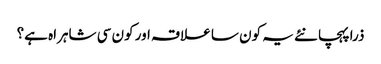
ذرا پہچانئے یہ کون سا علاقہ اور کون سی شاہراہ ہے؟